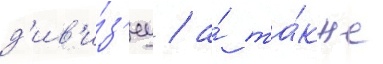
д'ив'и́з'иу / а́ та́кже